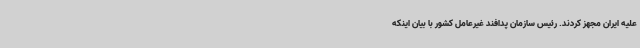
علیه ایران مجهز کردند. رئیس سازمان پدافند غیرعامل کشور با بیان اینکه